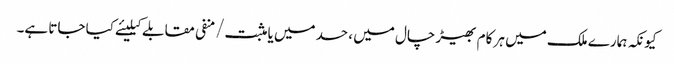
کیونکہ ہمارے ملک میں ہر کام بھیڑ چال میں ، حسد میں یا مثبت/منفی مقابلے کیلیئے کیا جاتا ہے۔